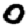
Digit: 0